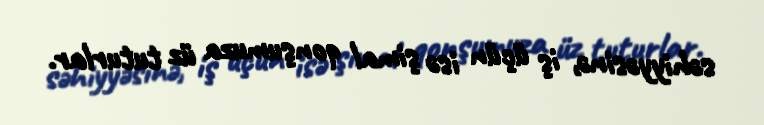
səhiyyəsinə, iş üçün isə şimal qonşumuza üz tuturlar.